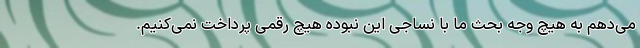
می‌دهم به هیچ وجه بحث ما با نساجی این نبوده هیچ رقمی پرداخت نمی‌کنیم.